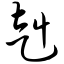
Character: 赳